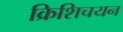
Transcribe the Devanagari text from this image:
क्रिशिचयन